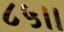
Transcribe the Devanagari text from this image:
८५।।